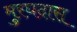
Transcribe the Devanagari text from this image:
मुरघदास